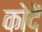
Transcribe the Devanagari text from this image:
कोदै